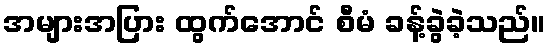
အများအပြား ထွက်အောင် စီမံ ခန့်ခွဲခဲ့သည်။